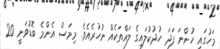
މަހުގައި ހުންނަ ފަދަ ހުދުކުލައިގެ ލައްތަކެއް ނުހުރެއެވެ. މިމަސް އެންމެ ބޮޑުވަނީ 20